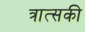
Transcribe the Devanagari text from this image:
त्रात्सकी